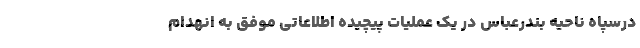
درسپاه ناحیه بندرعباس در یک عملیات پیچیده اطلاعاتی موفق به انهدام